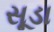
સૂડા